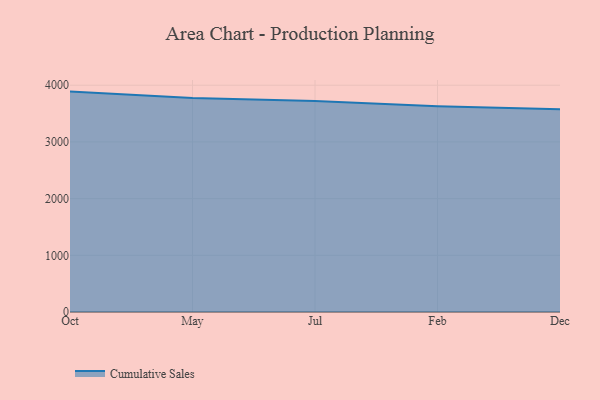
{"axis": {"x": "Month", "y": "Headcount"}, "legend": ["Cumulative Sales"], "data": [{"x": "Oct", "y": 3887.6, "type": "Cumulative Sales"}, {"x": "May", "y": 3774.8, "type": "Cumulative Sales"}, {"x": "Jul", "y": 3721.4, "type": "Cumulative Sales"}, {"x": "Feb", "y": 3628.7, "type": "Cumulative Sales"}, {"x": "Dec", "y": 3578.0, "type": "Cumulative Sales"}]}